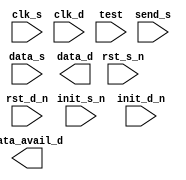
////////////////////////////////////////////////////////////////////////////////
//
//       This confidential and proprietary software may be used only
//     as authorized by a licensing agreement from Synopsys Inc.
//     In the event of publication, the following notice is applicable:
//
//                    (C) COPYRIGHT 2006 - 2018 SYNOPSYS INC.
//                           ALL RIGHTS RESERVED
//
//       The entire notice above must be reproduced on all authorized
//     copies.
//
//
// VERSION:   
//
// DesignWare_version: 70efe82b
// DesignWare_release: O-2018.06-DWBB_201806.3
//
////////////////////////////////////////////////////////////////////////////////
////////////////////////////////////////////////////////////////////////////////
//
//  ABSTRACT:  quasai synchronous data transfer.
//
//             Parameters:     Valid Values   Default Values
//             ==========      ============   ==============
//             width           1 to 1024      8
//             clk_ratio       2 to 1024      2
//             reg_data_s      0 to 1         1
//             reg_data_d      0 to 1         1
//             tst_mode        0 to 2         0
//
//             Input Ports:    Size    Description
//             ===========     ====    ===========
//             clk_s            1        Source clock
//             rst_s_n          1        Source domain asynch. reset (active low)
//             init_s_n         1        Source domain synch. reset (active low)
//             send_s           1        Source domain send request input
//             data_s           width    Source domain send data input
//             clk_d            1        Destination clock
//             rst_d_n          1        Destination domain asynch. reset (active low)
//             init_d_n         1        Destination domain synch. reset (active low)
//
//             Output Ports    Size    Description
//             ============    =====    ===========
//             data_avail_d    1        Destination domain data update output
//             data_d          width    Destination domain data output
//
//
//             test             1        Scan test mode select input
//
//
//
//
//  MODIFIED:
//
//  3/8/17  RJK  Corrected port order to be consistent with synthesis model
//
//  4/5/14  RJK  Corrected behavior with use of reg_data_s and reg_data_d parameters
//               (STAR 9000736629)
//
////////////////////////////////////////////////////////////////////////////////
module DW_data_qsync_lh(  clk_s, rst_s_n, init_s_n, send_s, data_s, clk_d, 
                          rst_d_n, init_d_n, data_avail_d, data_d, test);
parameter integer width      = 8; // RANGE 1 to 1024
parameter integer clk_ratio  = 2; // RANGE 2 to 1024
parameter integer reg_data_s = 1; // RANGE 0 to 1
parameter integer reg_data_d = 1; // RANGE 0 to 1
parameter integer tst_mode   = 0; // RANGE 0 to 2

  input  clk_s;
  input  rst_s_n;
  input  init_s_n;
  input  send_s;
  input  [width-1:0] data_s;
  
  input  clk_d;
  input  rst_d_n;
  input  init_d_n;

  output data_avail_d;
  output [width-1:0] data_d;

  input  test;
// synopsys translate_off
  
  wire             send_s_x;
  wire             data_d_mux;
  wire             data_d_xvail;
  wire [width-1:0] data_s_snd;
  
  reg  [width-1:0] data_s_reg;
  reg              send_reg;
  reg              data_avail_nreg;
  reg  [width-1:0] data_d_reg;
  reg              data_avail_preg;
  reg              data_avail_xreg;
  reg              data_avl_d;
  reg              data_s_l;        // hold latch signal
  wire             data_s_cc;       // hold latch out


  always @ (clk_s or send_reg) begin : frwd_hold_latch_PROC
    if (clk_s == 1'b0) 
      data_s_l <= send_reg;
  end // frwd_hold_latch_PROC;

  assign  data_s_cc = ((tst_mode == 2) & (test == 1'b1)) ? data_s_l : send_reg;

 always @ ( clk_s or negedge rst_s_n) begin : SRC_DM_SEQ_PROC
    if  (rst_s_n === 1'b0)  begin
      data_s_reg <= {width-1{1'b0}};
      send_reg   <= 1'b0;
    end else if  (rst_s_n === 1'b1)  begin
      if (clk_s === 1'b0) begin
      end else if (clk_s === 1'b1) begin
        if ( init_s_n === 1'b0)  begin
          data_s_reg <= {width-1{ 1'b0}};
          send_reg   <= 1'b0;
        end else if ( init_s_n === 1'b1)  begin
	  if (send_s == 1'b1) begin
	    data_s_reg <= data_s;
	  end
  	  send_reg   <= send_s_x;
        end else begin
          data_s_reg <= {width-1{ 1'bx}};
          send_reg   <= 1'bx;
        end 
      end else begin
        data_s_reg <= {width-1{ 1'bx}};
        send_reg   <= 1'bx;
      end
    end else begin
      data_s_reg <= {width-1{ 1'bx}};
      send_reg   <= 1'bx;
    end 
  end 

  always @ (negedge clk_d or negedge rst_d_n) begin : DST_DM_NEG_SEQ_PROC
    if (rst_d_n === 1'b0) begin
      data_avail_nreg <= 1'b0;
    end else begin
      if (rst_d_n === 1'b1) begin
        if (init_d_n === 1'b0) begin
	  data_avail_nreg <= 1'b0;
	end else begin
	  if (init_d_n ===1'b1) begin
	    data_avail_nreg   <= data_s_cc;
	  end else begin // (init_d_n neither 1 or 0)
	    data_avail_nreg <= 1'bx;
	  end
	end
      end else begin // (rst_d_n neither 0 or 1)
	data_avail_nreg <= 1'bx;
      end
    end
  end

  always @ (posedge clk_d or negedge rst_d_n) begin : DST_DM_POS_SEQ_PROC
    if (rst_d_n === 1'b0 ) begin
       data_d_reg      <= {width-1{1'b0}};
       data_avail_preg <= 1'b0;
       data_avail_xreg <= 1'b0;
       data_avl_d      <= 1'b0;
    end else if (rst_d_n === 1'b1 )  begin
      if (init_d_n === 1'b0 ) begin
	data_d_reg      <= {width-1{1'b0}};
	data_avail_preg <= 1'b0;
	data_avail_xreg <= 1'b0;
	data_avl_d      <= 1'b0;
      end else if (init_d_n === 1'b1 ) begin
	if (data_d_xvail == 1'b1) begin
	  data_d_reg      <= data_s_snd;
	end
	data_avail_preg <= data_s_cc;
	data_avail_xreg <= data_d_mux;
	data_avl_d      <= data_d_xvail;
      end else begin
	data_d_reg      <= {width-1{1'bx}};
	data_avail_preg <= 1'bx;
	data_avail_xreg <= 1'bx;
	data_avl_d      <= 1'bx;
      end
    end else begin
      data_d_reg      <= {width-1{1'bx}};
      data_avail_preg <= 1'bx;
      data_avail_xreg <= 1'bx;
      data_avl_d      <= 1'bx;
    end
  end

assign data_d_mux   = ((clk_ratio == 2)||((tst_mode==1)&&(test==1'b1))) ?
				 data_avail_nreg:data_avail_preg ;
assign data_d       = (reg_data_d == 1 ) ? data_d_reg: data_s_snd;
assign data_avail_d = (reg_data_d == 1 ) ? data_avl_d: data_d_xvail;
assign data_s_snd   = (reg_data_s == 1 ) ? data_s_reg: data_s;
assign data_d_xvail = data_d_mux ^ data_avail_xreg;
assign send_s_x     = send_s ^ send_reg;

// synopsys translate_on
endmodule